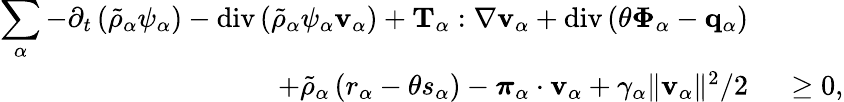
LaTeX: \begin{array}{rl}{\displaystyle\sum_{\alpha}-\partial_{t}\left(\tilde{\rho}_{\alpha}\psi_{\alpha}\right)-\mathrm{div}\left(\tilde{\rho}_{\alpha}\psi_{\alpha}\mathbf{v}_{\alpha}\right)+\mathbf{T}_{\alpha}:\nabla\mathbf{v}_{\alpha}+\mathrm{div}\left(\theta\boldsymbol{\Phi}_{\alpha}-\mathbf{q}_{\alpha}\right)}&{}\\ {+\tilde{\rho}_{\alpha}\left(r_{\alpha}-\theta s_{\alpha}\right)-\boldsymbol{\pi}_{\alpha}\cdot\mathbf{v}_{\alpha}+\gamma_{\alpha}\| \mathbf{v}_{\alpha}\| ^{2}/2}&{~\geq 0,}\end{array}